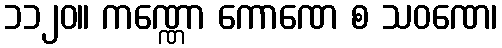
၁၁၂၀။ ကဏ္ဏော ကောဏေ စ သဝဏေ၊